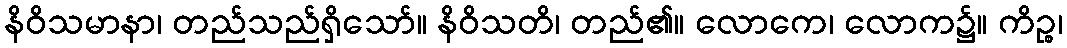
နိဝိသမာနာ၊ တည်သည်ရှိသော်။ နိဝိသတိ၊ တည်၏။ လောကေ၊ လောက၌။ ကိဉ္စ၊